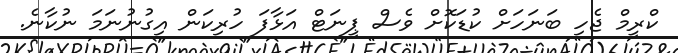
ކްރީމް ޖެހި ބަނަހަށް ކުޑަކޮށް ވެސް ޕީނަޓް އަޅާފަ ހުރިކަން އިގުނުނަމަ ނުކާނެ.